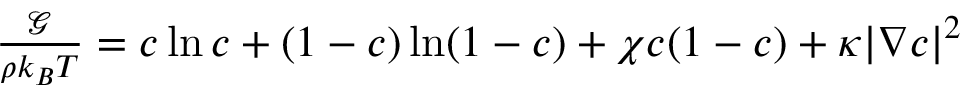
\begin{array} { r } { \frac { \mathcal { G } } { \rho k _ { B } T } = c \ln c + ( 1 - c ) \ln ( 1 - c ) + \chi c ( 1 - c ) + \kappa | \nabla c | ^ { 2 } } \end{array}